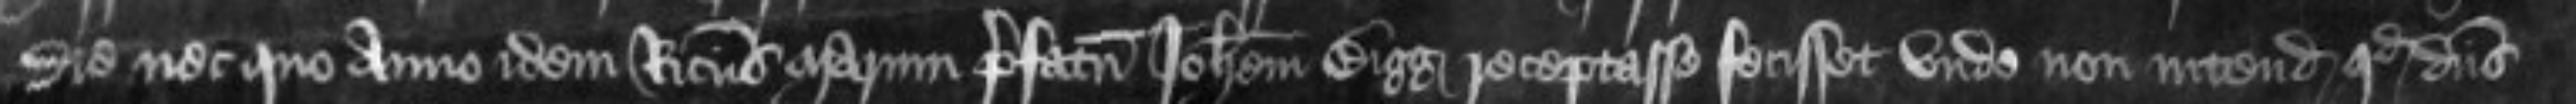
die nec quo anno idem Ricardus Marum prefatum Johannem Bigg receptasse fecisset unde non intendit quod dominus